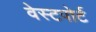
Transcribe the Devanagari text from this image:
वेस्‍टपोर्ट